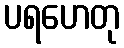
ပရဟေတု